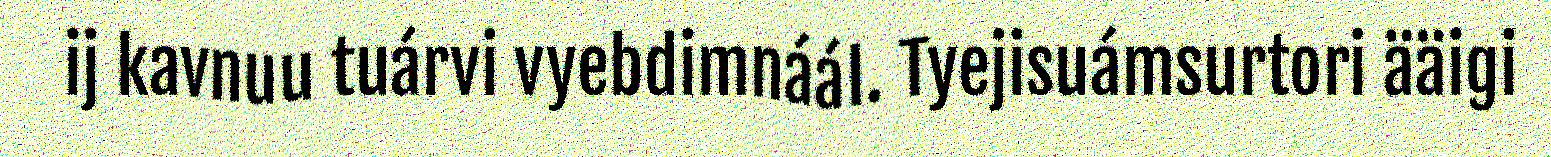
ij kavnuu tuárvi vyebdimnáál. Tyejisuámsurtori ääigi